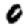
Digit: 0